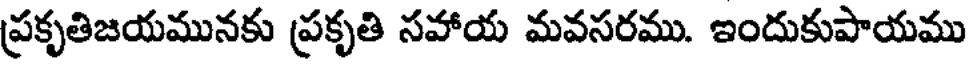
ప్రకృతిజయమునకు ప్రకృతి సహాయ మవసరము. ఇందుకుపాయము